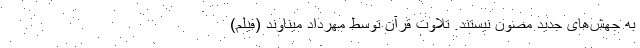
به جهش‌های جدید مصون نیستند. تلاوت قرآن توسط مهرداد میناوند (فیلم)